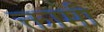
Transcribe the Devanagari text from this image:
क्तामी